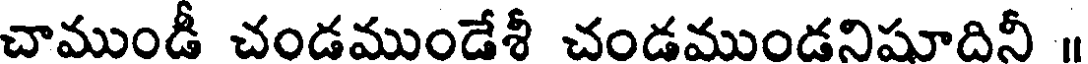
చాముండీ చండముండేశీ చండముండనిషూదినీ